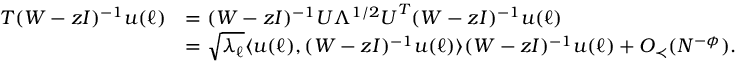
\begin{array} { r l } { T ( W - z I ) ^ { - 1 } { \boldsymbol u } ( \ell ) } & { = ( W - z I ) ^ { - 1 } { \boldsymbol U } \Lambda ^ { 1 / 2 } { \boldsymbol U } ^ { T } ( W - z I ) ^ { - 1 } { \boldsymbol u } ( \ell ) } \\ & { = \sqrt { \lambda _ { \ell } } \langle { \boldsymbol u } ( \ell ) , ( W - z I ) ^ { - 1 } { \boldsymbol u } ( \ell ) \rangle ( W - z I ) ^ { - 1 } { \boldsymbol u } ( \ell ) + O _ { \prec } ( N ^ { - \phi } ) . } \end{array}